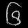
Digit: ၆